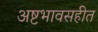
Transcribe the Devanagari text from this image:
अष्टभावसहीत